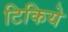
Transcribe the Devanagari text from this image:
टिकिये